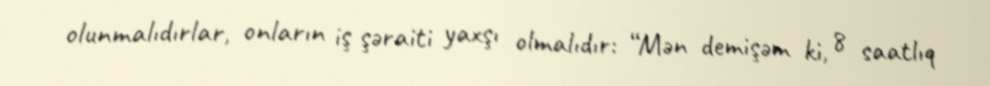
olunmalıdırlar, onların iş şəraiti yaxşı olmalıdır: “Mən demişəm ki, 8 saatlıq